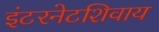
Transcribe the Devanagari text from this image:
इंटरनेटशिवाय